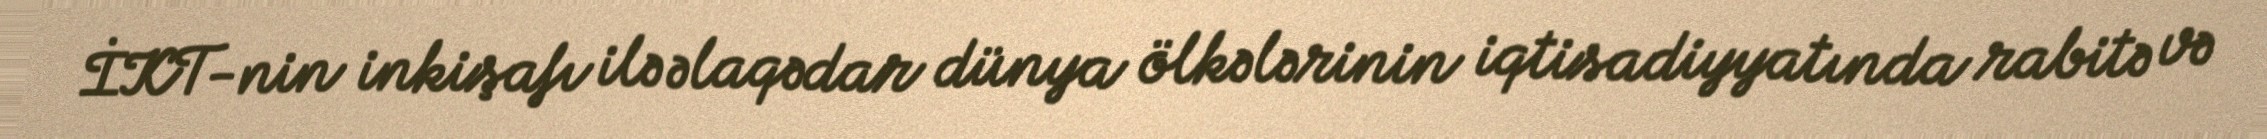
İKT-nin inkişafı ilə əlaqədar dünya ölkələrinin iqtisadiyyatında rabitə və